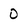
Character: O